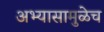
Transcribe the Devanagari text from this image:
अभ्यासामुळेच